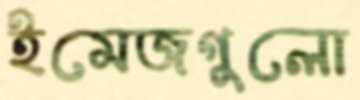
ইমেজগুলো